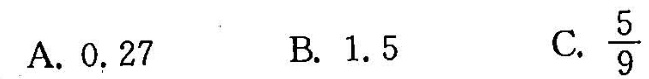
A.0.27 B.1.5 C.\frac{5}{9}